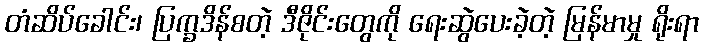
တံဆိပ်ခေါင်း၊ ပြက္ခဒိန်စတဲ့ ဒီဇိုင်းတွေကို ရေးဆွဲပေးခဲ့တဲ့ မြန်မာမှု ရိုးရာ